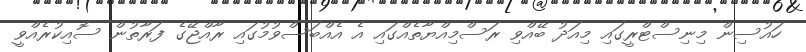
ހައުސިން މިނިސްޓްރީގައި މިއަދު ބޭއްވި ރަސްމިއްޔާތެއްގައި އެ އެއްބަސްވުމުގައި ރާއްޖޭގެ ފަރާތުން ސޮއިކުރެއްވީ